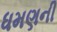
ધમણની